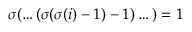
\sigma ( \dots ( \sigma ( \sigma ( i ) - 1 ) - 1 ) \dots ) = 1